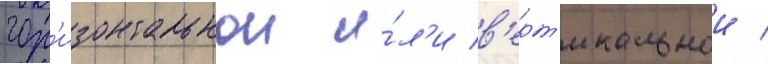
гор'изонтальнои и́л'и в'ерт'икальнои /